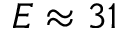
E \approx 3 1